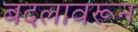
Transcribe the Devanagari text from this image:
बदलावरून